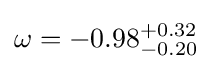
\omega =-0.98_{-0.20}^{+0.32}